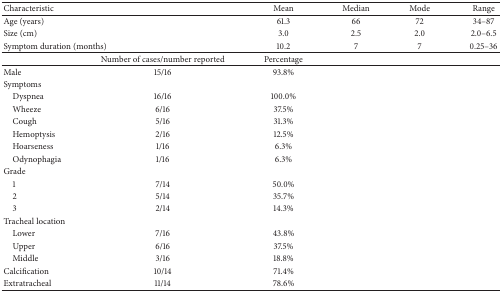
| <COLSPAN=2> Characteristic | Mean | Median | Mode | Range |
 | --- | --- | --- | --- | --- | --- |
 | <COLSPAN=2> Age (years) | 61.3 | 66 | 72 | 34–87 |
 | <COLSPAN=2> Size (cm) | 3.0 | 2.5 | 2.0 | 2.0–6.5 |
 | <COLSPAN=2> Symptom duration (months) | 10.2 | 7 | 7 | 0.25–36 |
 |  | Number of cases/number reported | Percentage |  |  |  |
 | Male | 15/16 | 93.8% |  |  |  |
 | Symptoms |  |  |  |  |  |
 | Dyspnea | 16/16 | 100.0% |  |  |  |
 | Wheeze | 6/16 | 37.5% |  |  |  |
 | Cough | 5/16 | 31.3% |  |  |  |
 | Hemoptysis | 2/16 | 12.5% |  |  |  |
 | Hoarseness | 1/16 | 6.3% |  |  |  |
 | Odynophagia | 1/16 | 6.3% |  |  |  |
 | Grade |  |  |  |  |  |
 | 1 | 7/14 | 50.0% |  |  |  |
 | 2 | 5/14 | 35.7% |  |  |  |
 | 3 | 2/14 | 14.3% |  |  |  |
 | Tracheal location |  |  |  |  |  |
 | Lower | 7/16 | 43.8% |  |  |  |
 | Upper | 6/16 | 37.5% |  |  |  |
 | Middle | 3/16 | 18.8% |  |  |  |
 | Calcification | 10/14 | 71.4% |  |  |  |
 | Extratracheal | 11/14 | 78.6% |  |  |  |